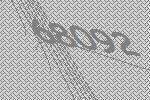
68092